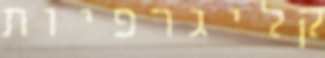
קליגרפיות